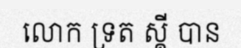
លោក ទ្រត ស្គី បាន